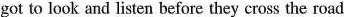
got to look and listen before they cross the road.